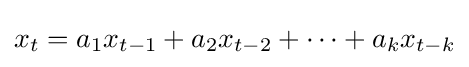
x_{t}=a_{1}x_{t-1}+a_{2}x_{t-2}+\cdots +a_{k}x_{t-k}